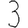
Digit: 3